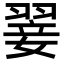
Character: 翣